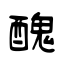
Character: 醜